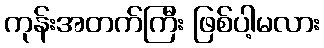
ကုန်းအတက်ကြီး ဖြစ်ပါ့မလား